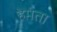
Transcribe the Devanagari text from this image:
हेमंता